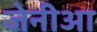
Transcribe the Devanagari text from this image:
जेनीआ